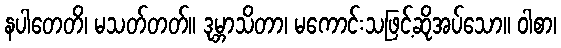
နပါတေတိ၊ မသတ်တတ်။ ဒုမ္ဘာသိတာ၊ မကောင်းသဖြင့်ဆိုအပ်သော။ ဝါစာ၊